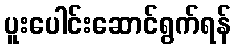
ပူးပေါင်းဆောင်ရွက်ရန်